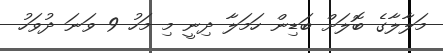
މަލާލާގެ ބޮލަށް ބަޑިން ހަމަލާ ދިނީ މި މަހު 9 ވަނަ ދުވަހު